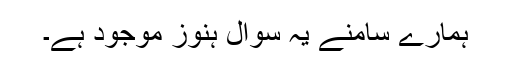
ہمارے سامنے یہ سوال ہنوز موجود ہے۔